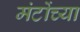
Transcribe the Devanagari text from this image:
मंटोंच्या